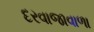
દરવાજાવાળા